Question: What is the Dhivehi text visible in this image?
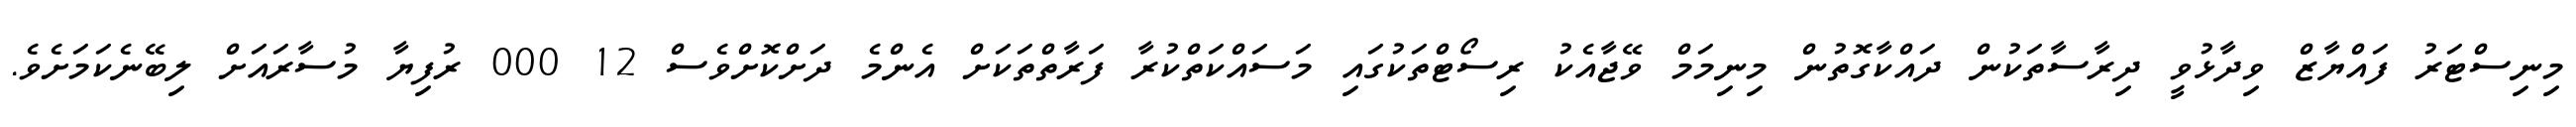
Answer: މިނިސްޓަރު ފައްޔާޒް ވިދާޅުވީ ދިރާސާތަކުން ދައްކާގޮތުން މިނިމަމް ވޭޖާއެކު ރިސޯޓްތަކުގައި މަސައްކަތްކުރާ ފަރާތްތަކަށް އެންމެ ދަށްކޮށްވެސް 12 000 ރުފިޔާ މުސާރައަށް ލިބޭނެކަމަށެވެ.